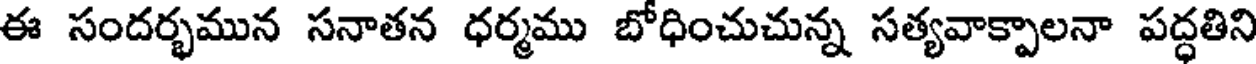
ఈ సందర్భమున సనాతన ధర్మము బోధించుచున్న సత్యవాక్పాలనా పద్ధతిని